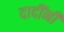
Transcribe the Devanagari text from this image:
दादींनी